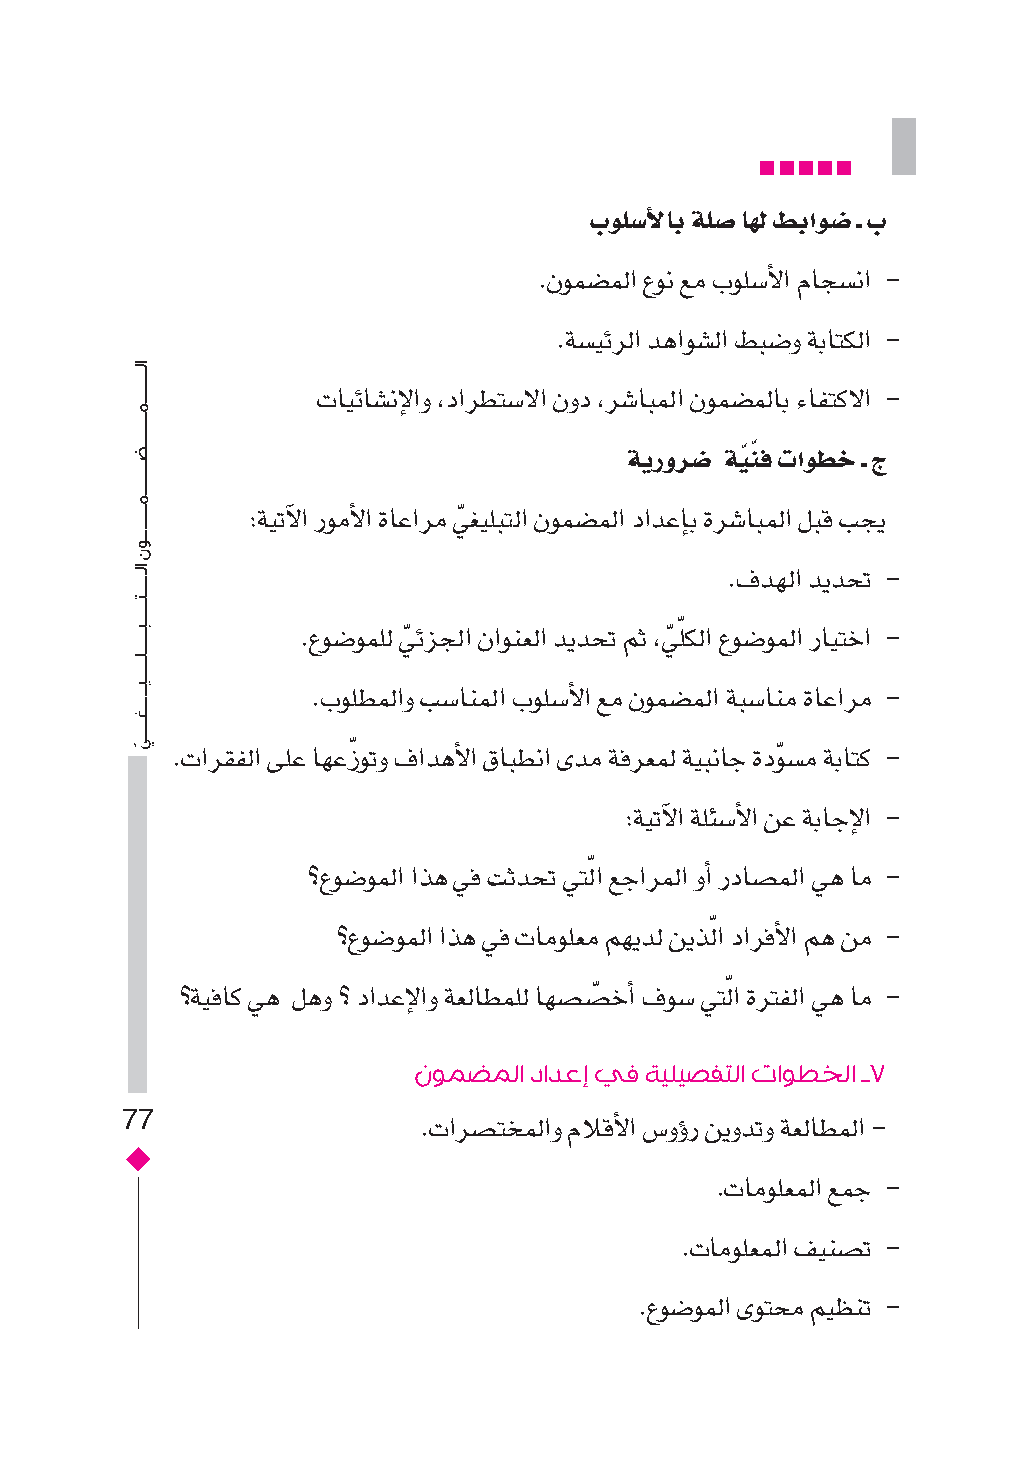
بولص�ألااب ةلص� اهل طباوص� ـ ب
 .نومس�مل� عون عم بولس�أل� ماجس�ن� -
 .ةس�يئرل� ده�وس�ل� طبس�و ةباتكل� -
 تايئاس�نإل�و ،د�رطتس�ل� نود ،رس�ابمل� نومس�ملاب ءافتكل� -
 ةيرورص� ةيّ نّ ف تاوطخ ـ ج
 :ةيتآل� رومأل� ةاع�رم يّ غيلبتل� نومس�مل� د�دعإاب ةرس�ابمل� لبق بجي
 .فدهل� ديدحت -
 .عوس�وملل يّ ئزجل� ن�ونعل� ديدحت مث ،يّ لّ كل� عوس�ومل� رايتخ� -
 .بولطمل�و بس�انمل� بولس�أل� عم نومس�مل� ةبس�انم ةاع�رم -
 .ت�رقفل� ىلع اهعزّ وتو ف�دهأل� قابطن� ىدم ةفرعمل ةيبناج ةدوّ س�م ةباتك -
 :ةيتآل� ةلئس�أل� نع ةباجإل� -
 ؟عوس�ومل� �ذه يف تثدحت يتلّ � عج�رمل� وأ� رداس�مل� يه ام -
 ؟عوس�ومل� �ذه يف تامولعم مهيدل نيذلّ � د�رفأل� مه نم -
 ؟ةيفاك يه لهو ؟ د�دعإل�و ةعلاطملل اهس�س�ّ خأ� فوس� يتلّ � ةرتفل� يه ام -
 نومضملا دادعإ يف ةيليصفتلا تاوطخلا ـ7
 77                  .ت�رس�تخمل�و ملاقأل� ص�وؤور نيودتو ةعلاطمل� -
 .تامولعمل� عمج -
 .تامولعمل� فينس�ت -
 .عوس�ومل� ىوتحم ميظنت -
 ���������������������������������������������������
 ���������������������������������������������������������